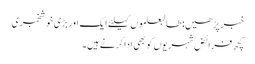
خبر پڑھیں:طالبعلموں کیلئے ایک اور بڑی خوشخبری
کچھ فرائض شہریوں کو بھی ادا کرنے ہیں۔